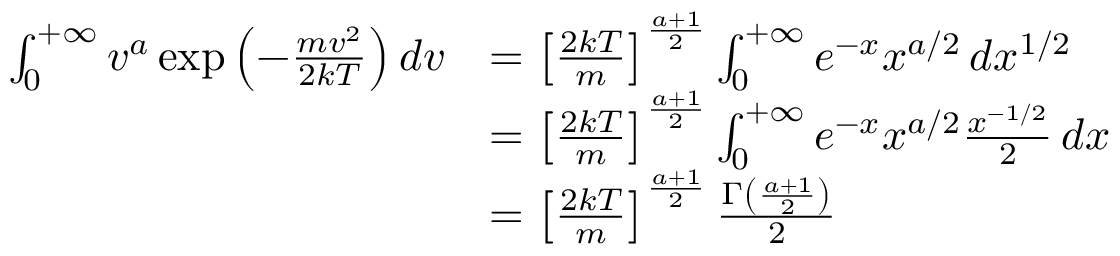
{ \begin{array} { r l } { \int _ { 0 } ^ { + \infty } v ^ { a } \exp \left( - { \frac { m v ^ { 2 } } { 2 k T } } \right) d v } & { = \left[ { \frac { 2 k T } { m } } \right] ^ { \frac { a + 1 } { 2 } } \int _ { 0 } ^ { + \infty } e ^ { - x } x ^ { a / 2 } \, d x ^ { 1 / 2 } } \\ & { = \left[ { \frac { 2 k T } { m } } \right] ^ { \frac { a + 1 } { 2 } } \int _ { 0 } ^ { + \infty } e ^ { - x } x ^ { a / 2 } { \frac { x ^ { - 1 / 2 } } { 2 } } \, d x } \\ & { = \left[ { \frac { 2 k T } { m } } \right] ^ { \frac { a + 1 } { 2 } } { \frac { \Gamma \left( { \frac { a + 1 } { 2 } } \right) } { 2 } } } \end{array} }